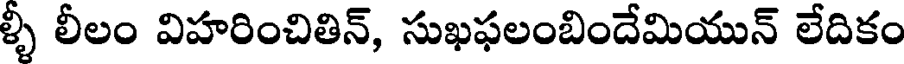
ళ్ళీ లీలం విహరించితిన్, సుఖఫలంబిందేమియున్ లేదికం